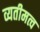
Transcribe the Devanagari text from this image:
व्यतीमत्व